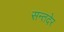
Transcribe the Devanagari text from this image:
सन्तदेर